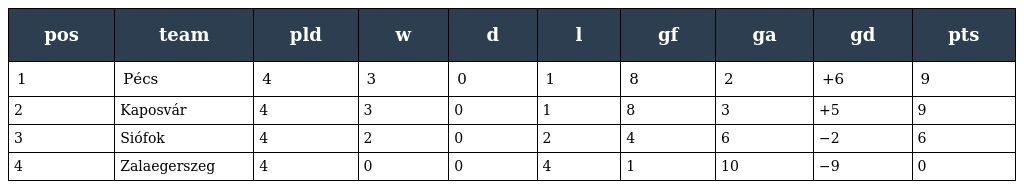
| pos | team | pld | w | d | l | gf | ga | gd | pts |
 | --- | --- | --- | --- | --- | --- | --- | --- | --- | --- |
 | 1 | Pécs | 4 | 3 | 0 | 1 | 8 | 2 | +6 | 9 |
 | 2 | Kaposvár | 4 | 3 | 0 | 1 | 8 | 3 | +5 | 9 |
 | 3 | Siófok | 4 | 2 | 0 | 2 | 4 | 6 | −2 | 6 |
 | 4 | Zalaegerszeg | 4 | 0 | 0 | 4 | 1 | 10 | −9 | 0 |